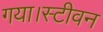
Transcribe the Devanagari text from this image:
गया।स्टीवन